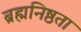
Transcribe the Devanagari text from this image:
ब्रह्मनिष्ठता